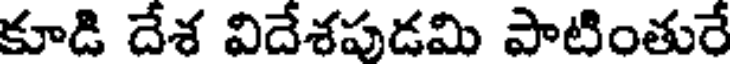
కూడి దేశ విదేశపుడమి పాటింతురే